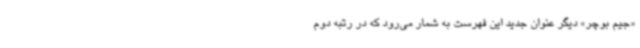
«جیم بوچر» دیگر عنوان جدید این فهرست به شمار می‌رود که در رتبه دوم